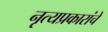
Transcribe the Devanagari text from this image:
नृत्यप्रकारांचे